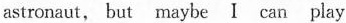
astronaut, but maybe I can play